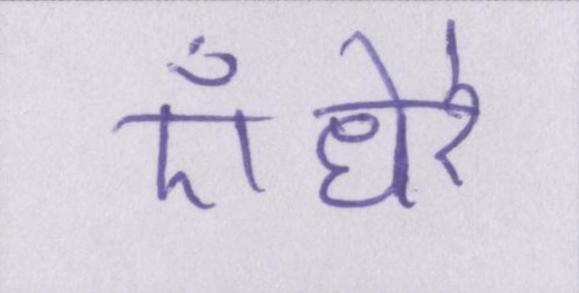
ऍंधेरे